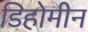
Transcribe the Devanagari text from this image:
डिहोमीन